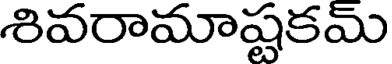
శివరామాష్టకమ్